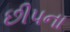
છીપના